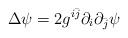
LaTeX: \begin{align*}\Delta \psi =2g^{i\bar{j}}\partial_{i}\partial_{\bar{j}} \psi\end{align*}